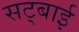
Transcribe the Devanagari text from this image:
सट्बाई